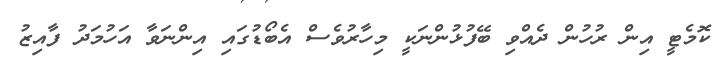
ކޮމެޓީ އިން ރުހުން ދެއްވި ބޭފުޅުންނަކީ މިހާރުވެސް އެބޯޑުގައި އިންނަވާ އަހުމަދު ފާއިޒު